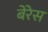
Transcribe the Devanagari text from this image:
बेरेस